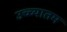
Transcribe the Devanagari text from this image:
उच्च्यातम